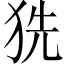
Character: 𤞓